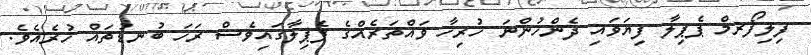
ފިލިފޯރމް ޕެޕިލާ ފިޔަވައި ދެންހުންނަ ހުރިހާ ވައްތަރެއްގެ ޕެޕިލާގައިވެސް ރަހަ ބުނޑުތައް ހުރެއެވެ.